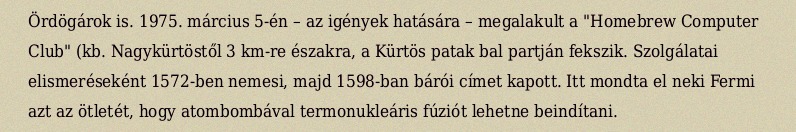
Ördögárok is. 1975. március 5-én – az igények hatására – megalakult a "Homebrew Computer Club" (kb. Nagykürtöstől 3 km-re északra, a Kürtös patak bal partján fekszik. Szolgálatai elismeréseként 1572-ben nemesi, majd 1598-ban bárói címet kapott. Itt mondta el neki Fermi azt az ötletét, hogy atombombával termonukleáris fúziót lehetne beindítani.